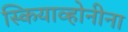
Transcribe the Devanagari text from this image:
स्कियाव्होनीना